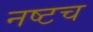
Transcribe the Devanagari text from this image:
नष्टच